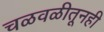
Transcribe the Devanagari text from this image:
चळवळीतूनही